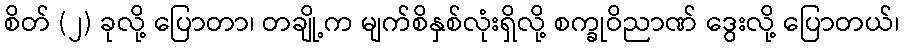
စိတ် (၂) ခုလို့ ပြောတာ၊ တချို့က မျက်စိနှစ်လုံးရှိလို့ စက္ခုဝိညာဏ် ဒွေးလို့ ပြောတယ်၊